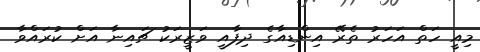
މިއީ ހަތް އަހަރު ތެރޭ އިންޑިއާގެ ދިފާއީ ވަޒީރަކު ޗައިނާ އަށް ކުރައްވާ